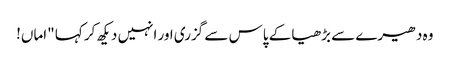
وہ دھیرے سے بڑھیا کے پاس سے گزری اور انہیں دیکھ کر کہا "اماں!